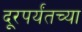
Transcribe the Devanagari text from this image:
दूरपर्यंतच्या